Civil Veterinary Department Bihar & Orissa reports 1929-36 - 1929-1936
Year: 1929
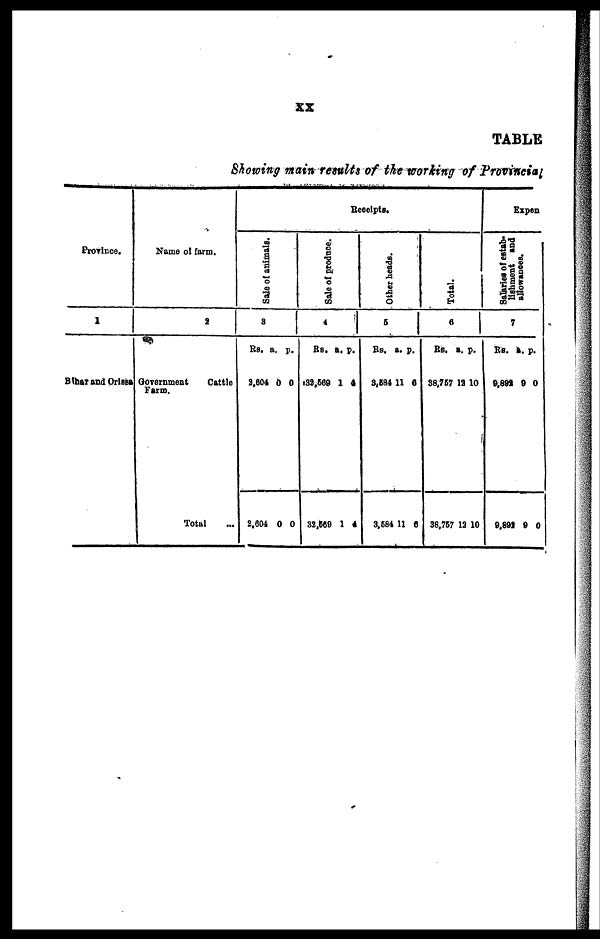
xx
TABLE
Showing main results of the working of Provincial
Province.
1
Bihar and Orissa
Name of farm.
2
Government
Cattle
Farm.
Total ...
Receipts.
Sal e of animals.
3
Rs.
3,604
2,604
a.
0
0
p.
0
0
Sale of produce.
4
Rs.
132,569
32,569
a.
1
1
p.
4
4
Other beads.
5
Rs.
3,584
3,684
a.
11
11
p.
6
0
Tot al .
6
Rs
38,767
38,767
a.
13
12
p.
10
10
Expen
Sal ar i
es of estab-
l
i
s hment and
allowances.
7
Rs.
9,892
9,892
a.
9
9
p.
0
0